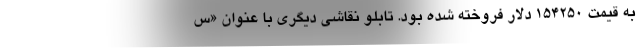
به قیمت ۱۵۴۲۵۰ دلار فروخته شده بود. تابلو نقاشی دیگری با عنوان «س